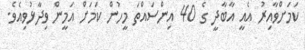
ކަމަށްވާއިރު އެއީ އާބާދީ ގެ 40 އިންސައްތަ މީހުން ކަމަށް އަމީން ވިދާޅުވިއެވެ.